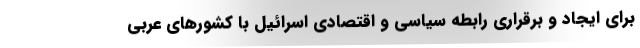
برای ایجاد و برقراری رابطه سیاسی و اقتصادی اسرائیل با کشورهای عربی